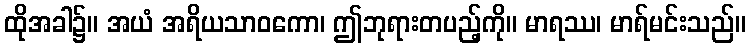
ထိုအခါ၌။ အယံ အရိယသာဝကော၊ ဤဘုရားတပည့်ကို။ မာရဿ၊ မာရ်မင်းသည်။